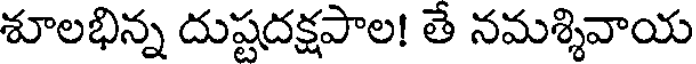
శూలభిన్న దుష్టదక్షపాల! తే నమశ్శివాయ